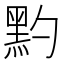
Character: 䵠